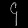
Digit: ၄